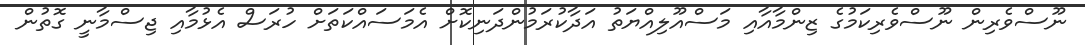
ނޫސްވެރިން ނޫސްވެރިކަމުގެ ޒިންމާއާއި މަސްއޫލިއްޔަތު އަދާކުރަމުންދަނިކޮށް އެމަސައްކަތަށް ހުރަސް އެޅުމާއި ޖިސްމާނީ ގޮތުން